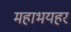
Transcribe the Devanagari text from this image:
महाभयहरं